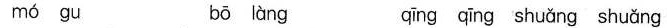
mó gu bō làng qng qīng shuǎng shuǎng